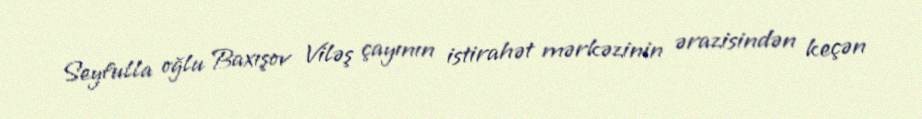
Seyfulla oğlu Baxışov Viləş çayının istirahət mərkəzinin ərazisindən keçən